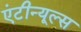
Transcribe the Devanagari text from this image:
एंटीन्यूल्स